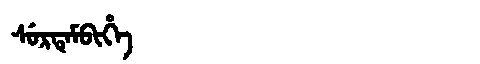
Manchu: ᠰᡠᡵᡨᡝᠮᠪᡳᡥᡝ
Romanization: SURTEMBIHE